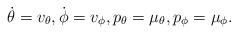
LaTeX: \begin{align*}\dot \theta =v_\theta, \dot \phi =v_\phi, p_\theta =\mu_\theta, p_\phi =\mu_\phi.\end{align*}